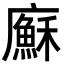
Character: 㢝